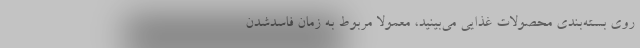
روی بسته‌بندی محصولات غذایی می‌بینید، معمولا مربوط به زمان فاسدشدن